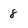
Character: 8